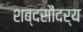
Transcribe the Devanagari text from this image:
शब्दसौंदर्य